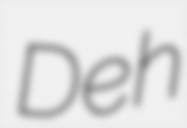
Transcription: Deh